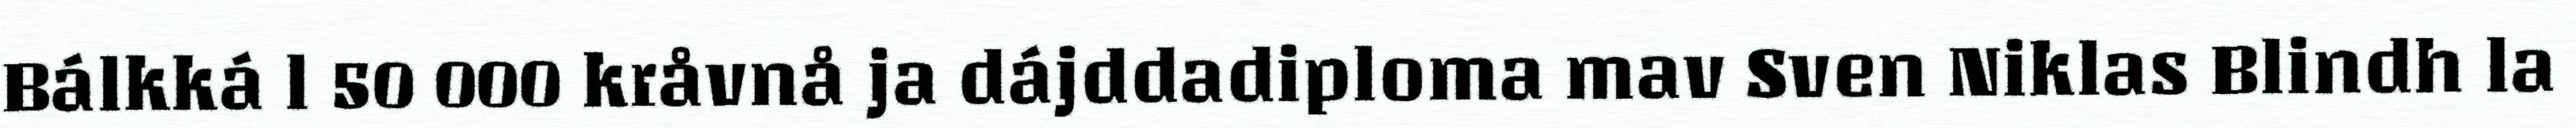
Bálkká l 50 000 kråvnå ja dájddadiploma mav Sven Niklas Blindh la